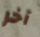
آخر